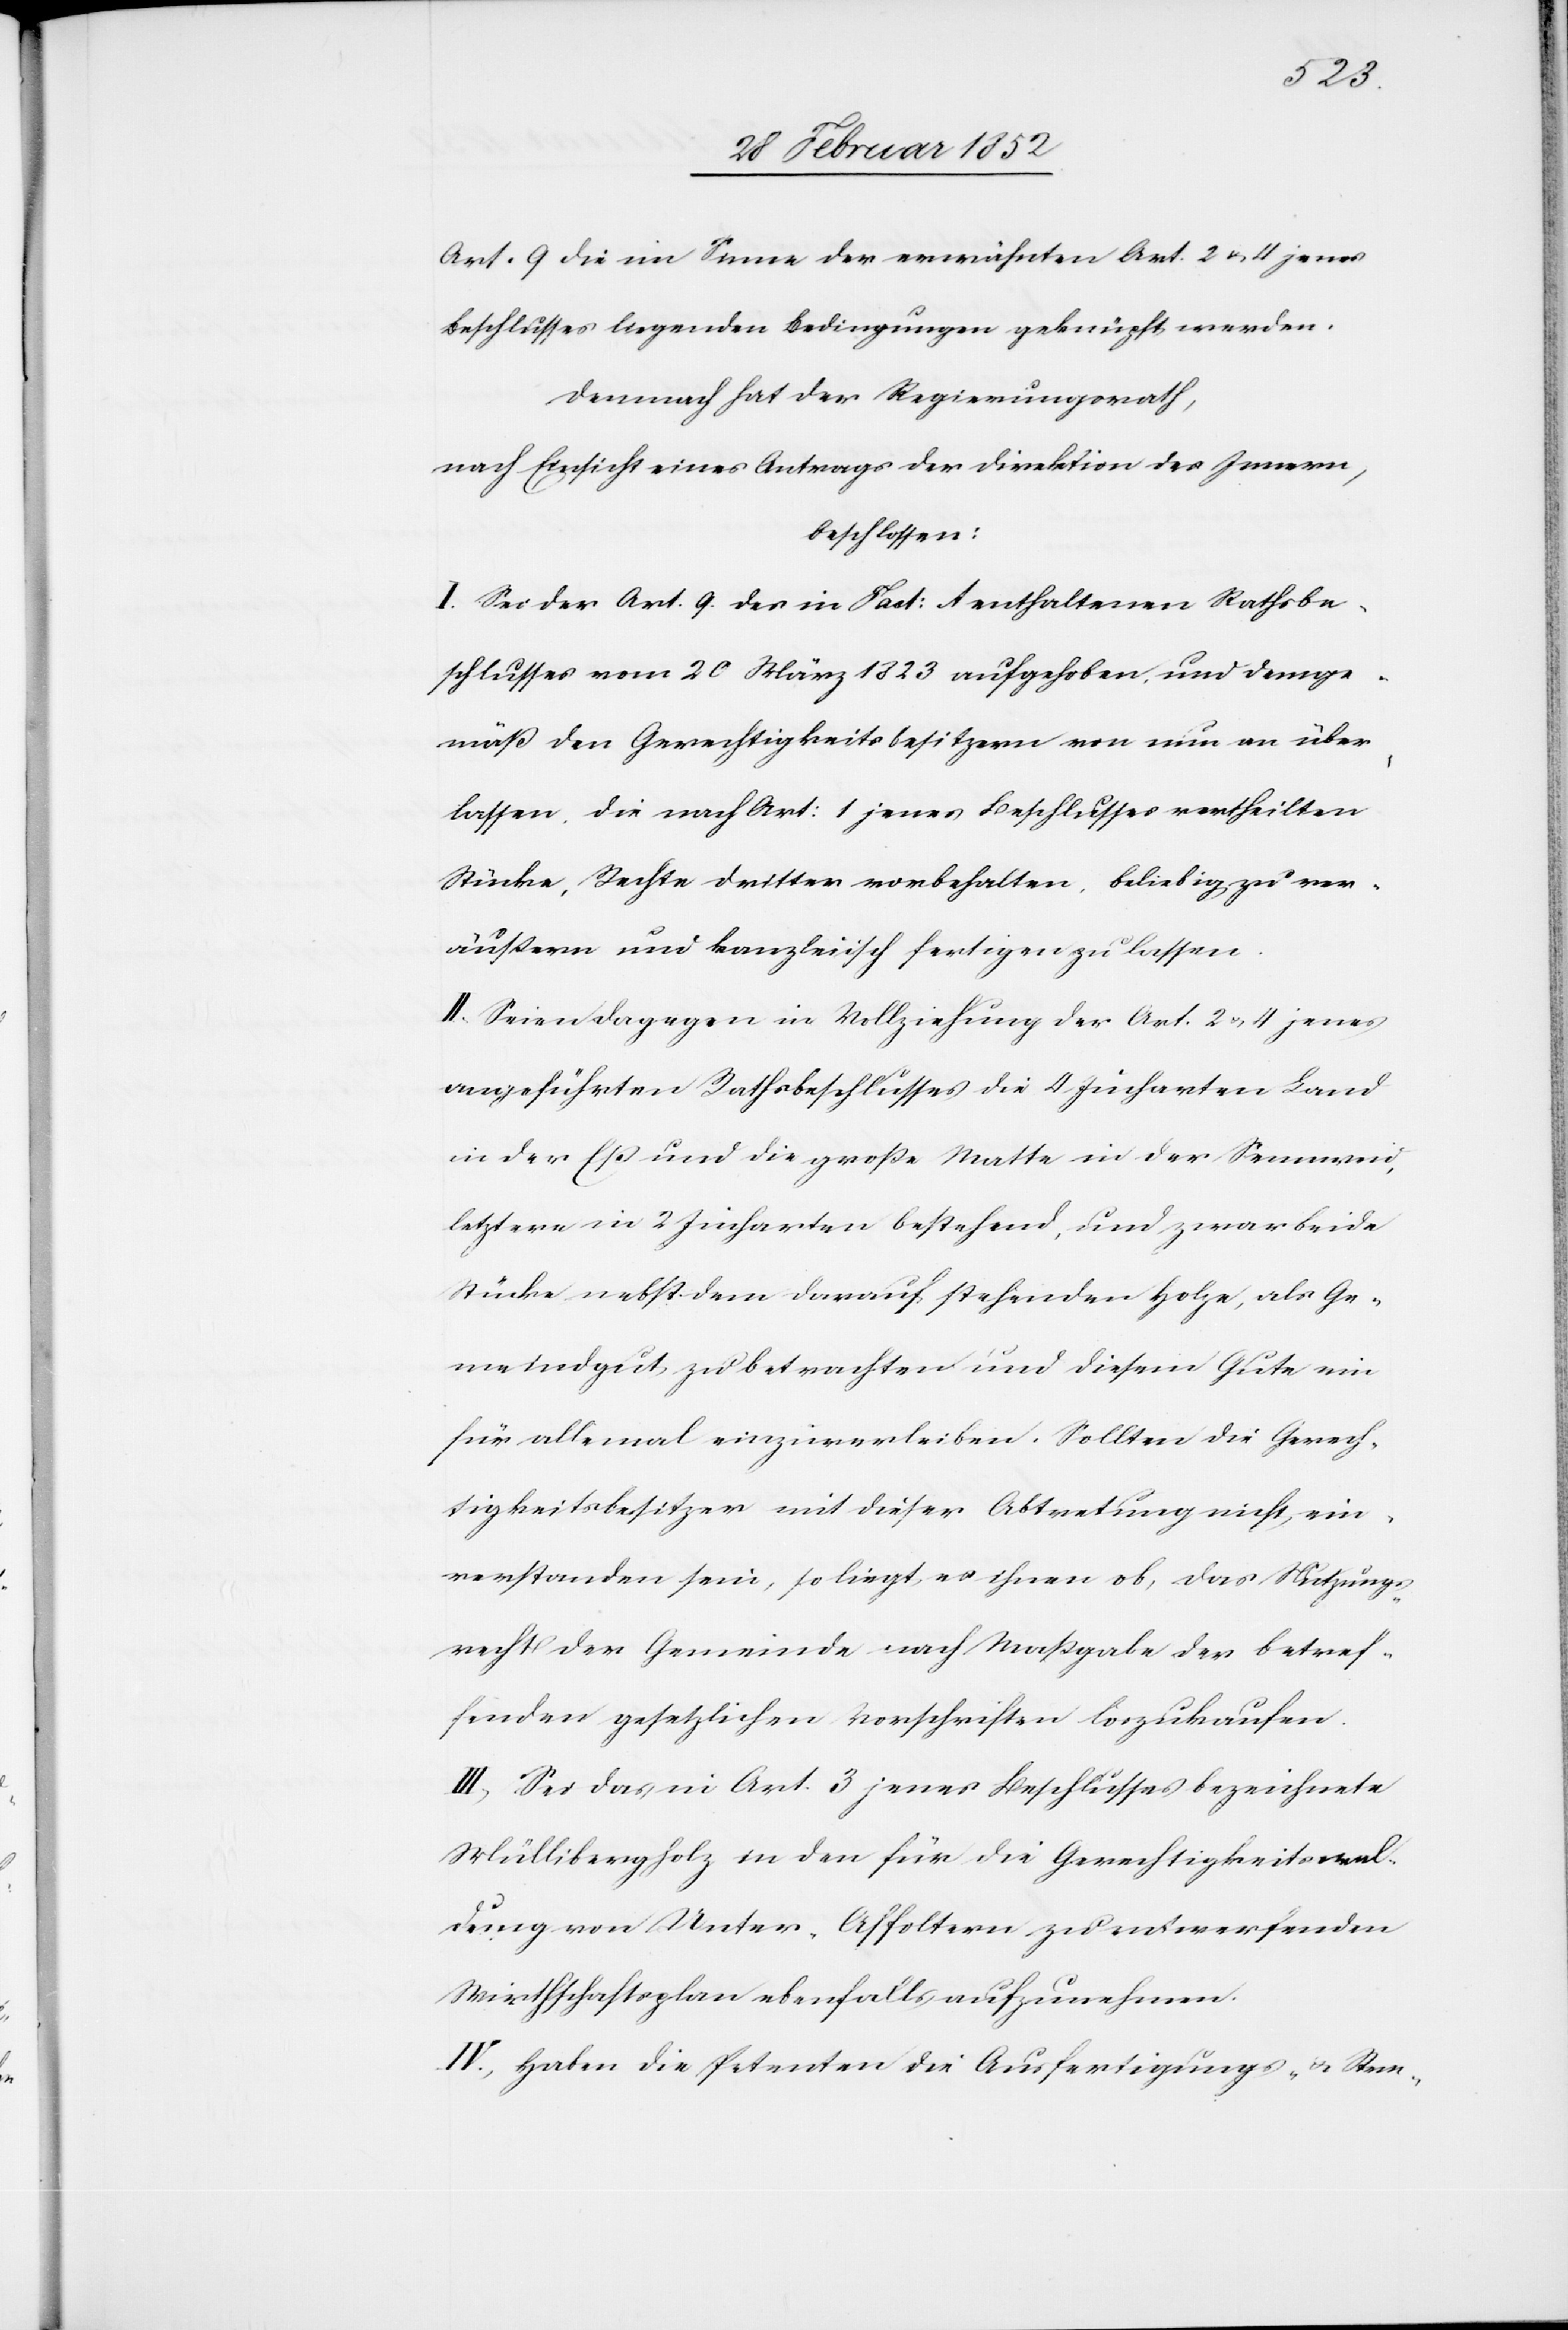
Art. 9 die im Sinne der erwähnten Art. 2 u. 4 jenes
Beschlusses liegenden Bedingungen geknüpft werden.
Demnach hat der Regierungsrath,
nach Einsicht eines Antrages der Direktion des Innern,
beschlossen:
I. Sei der Art. 9 des in Fact: 1 enthaltenen Rathsbe¬
schlusses vom 20 März 1823 aufgehoben und demge¬
mäß den Gerechtigkeitsbesitzern von nun an über¬
lassen, die nach Art: 1 jenes Beschlusses vertheilten
Stücke, Rechte dritter vorbehalten, beliebig zu ver¬
äußern und kanzleiisch fertigen zu lassen.
II. Seien dagegen in Vollziehung der Art. 2. u. 4 jenes
angeführten Rathsbeschlusses die 4 Jucharten Land
in der Eß und die große Matte in der Sennweid,
letztere in 2 Jucharten bestehend, und zwar beide
Stücke nebst dem darauf stehenden Holze, als Ge¬
meindgut zu betrachten und diesem Gute ein
für allemal einzuverleiben. Sollten die Gerech¬
tigkeitsbesitzer mit dieser Abtretung nicht ein¬
verstanden sein, so liegt es ihnen ob, das Nutzungs¬
recht der Gemeinde nach Maßgabe der betref¬
fenden gesetzlichen Vorschriften loszukaufen.
III. Sei das in Art. 3 jenes Beschlusses bezeichnete
Müllibergholz in den für die Gerechtigkeitswal¬
dung von Unter-Affoltern zu entwerfenden
Wirthschaftsplan ebenfalls aufzunehmen.
IV.) Haben die Petenten die Ausfertigungs- u. Stem-